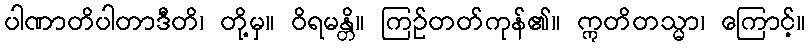
ပါဏာတိပါတာဒီတိ၊ တို့မှ။ ဝိရမန္တိ။ ကြဉ်တတ်ကုန်၏။ ဣတိတသ္မာ၊ ကြောင့်။